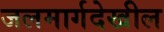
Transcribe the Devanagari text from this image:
जलमार्गदेखील